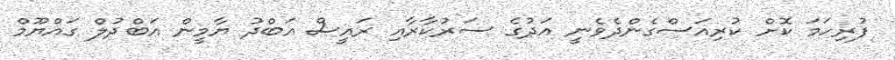
ފުރިހަމަ ކޮށް ކުރިއަސްގެންދެވެނީ އަދުގެ ސަރުކާރާއި ރައީސް އަބްދު ޔާމީން އަބްދުލް ގައްޔޫމް